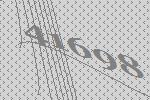
41698